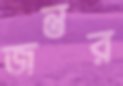
জন্তুর